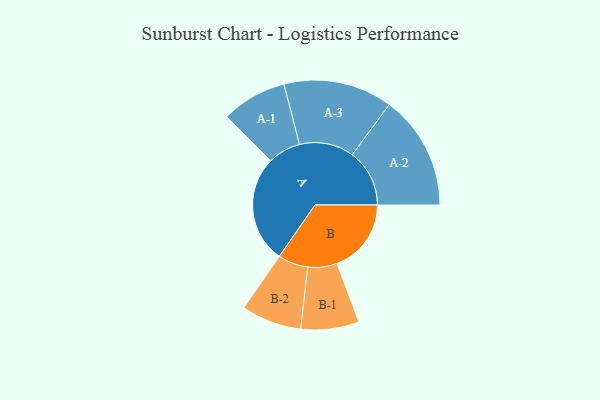
{"axis": {"x": "Segment", "y": "Value"}, "legend": ["", "A", "B"], "data": [{"x": "A", "y": 498, "type": ""}, {"x": "B", "y": 345, "type": ""}, {"x": "A-1", "y": 152, "type": "A"}, {"x": "A-2", "y": 266, "type": "A"}, {"x": "A-3", "y": 253, "type": "A"}, {"x": "B-1", "y": 135, "type": "B"}, {"x": "B-2", "y": 140, "type": "B"}]}